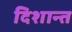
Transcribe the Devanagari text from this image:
दिशान्त